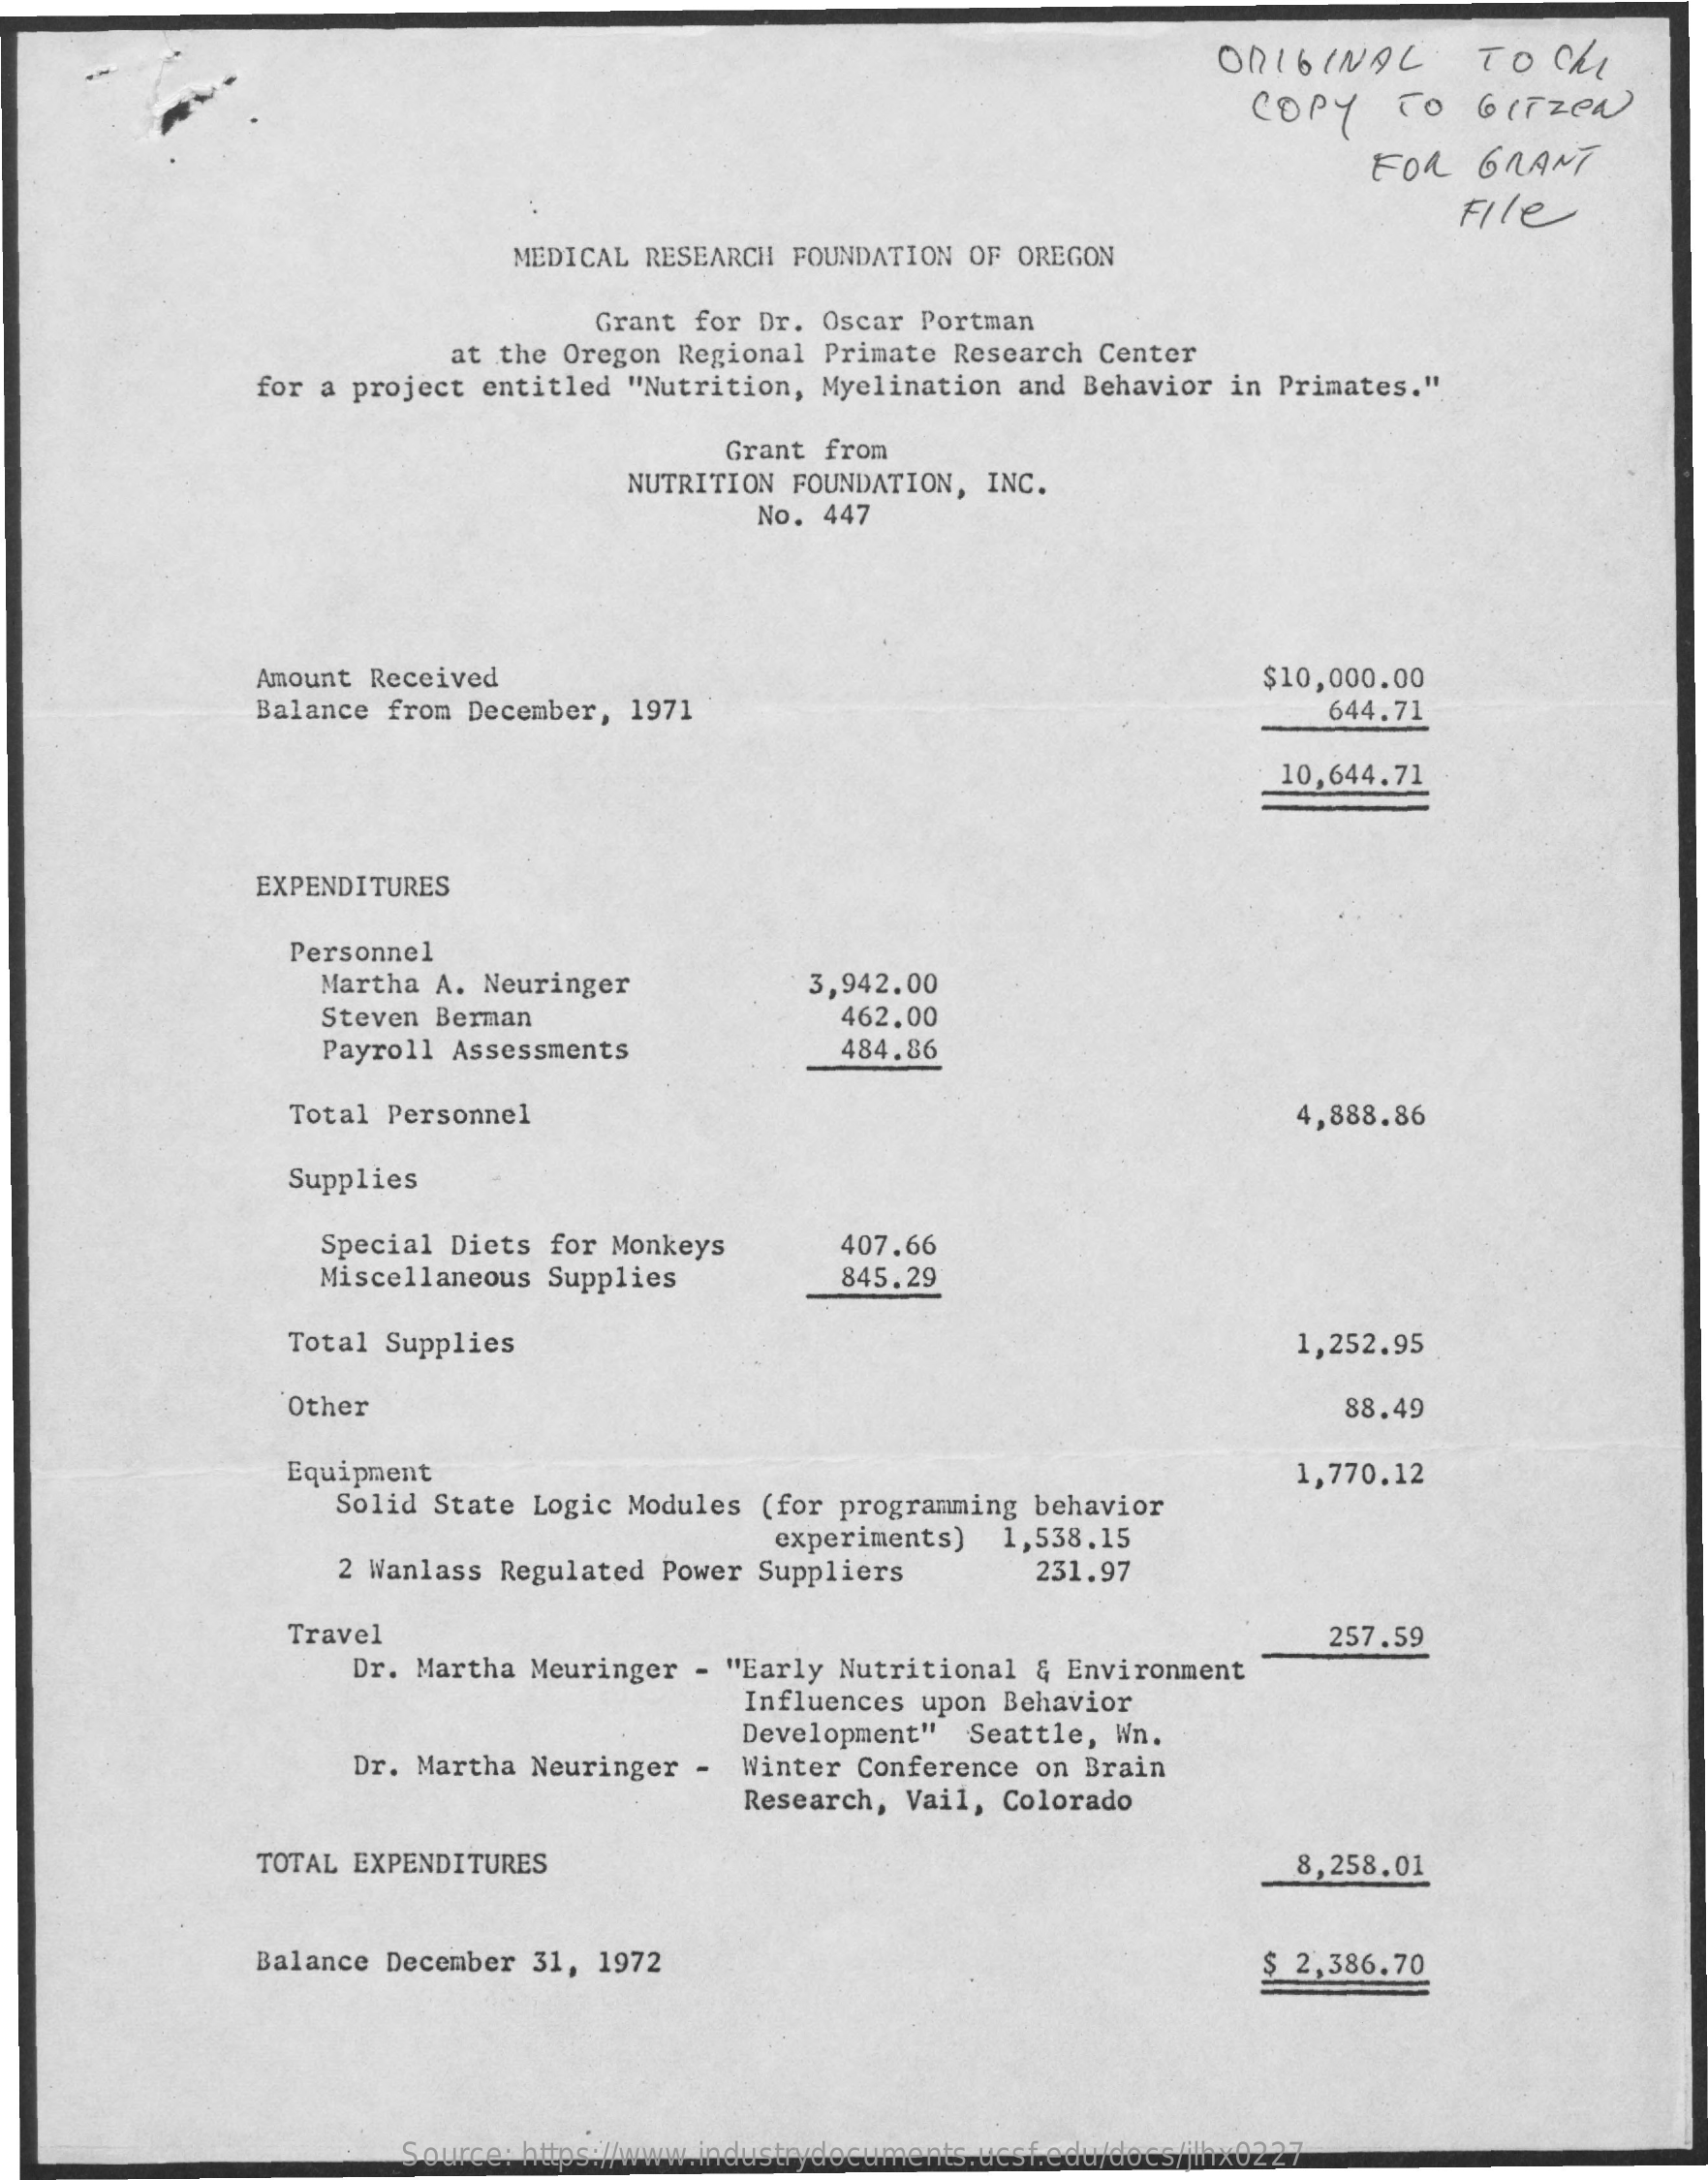
ORIGINAL    TO  Che
     COPY   TO  GITZEN
     FOR  GRANT
     File
     MEDICAL RESEARCH FOUNDATION OF OREGON
     Grant for Dr. Oscar Portman
     at the Oregon Regional Primate Research Center
     for a project entitled "Nutrition, Myelination and Behavior in Primates."
     Grant from
     NUTRITION FOUNDATION, INC.
     No. 447
     Amount Received
     Balance from December, 1971
     $10,000.00
     644.71
     10,644.71
     EXPENDITURES
     Personnel
     Martha A. Neuringer    3,942.00
     Steven Berman    462.00
     Payroll Assessments    484.86
     Total Personnel    4,888.86
     Supplies
     Special Diets for Monkeys   407.66
     Miscellaneous Supplies    845.29
     Total Supplies    1,252.95
     Other    88.49
     Equipment
     Solid State Logic Modules (for programming behavior
     1,770.12
     2 Wanlass Regulated Power Suppliers
     experiments) 1,538.15
     231.97
     Travel
     Dr. Martha Meuringer - "Early Nutritional & Environment
     257.59
     Influences upon Behavior
     Dr. Martha Neuringer -
     Development" Seattle, Wn.
     Winter Conference on Brain
     Research, Vail, Colorado
     TOTAL EXPENDITURES    8,258.01
     Balance December 31, 1972    $ 2,386.70
     Source: https://www.industrydocuments.ucsf.edu/docs/jlhx0227